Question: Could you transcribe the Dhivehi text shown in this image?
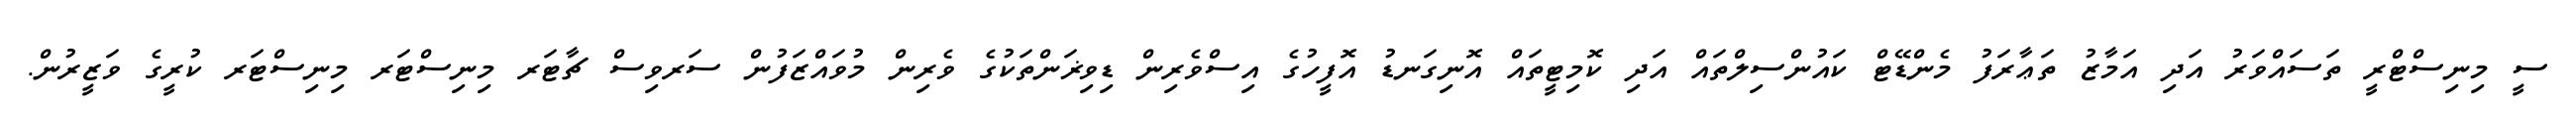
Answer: ސީ މިނިސްޓްރީ ތަސައްވަރު އަދި އަމާޒު ތަޢާރަފު މެންޑޭޓް ކައުންސިލްތައް އަދި ކޮމިޓީތައް އޮނިގަނޑު އޮފީހުގެ އިސްވެރިން ޑިވިޜަންތަކުގެ ވެރިން މުވައްޒަފުން ސަރވިސް ޗާޓަރ މިނިސްޓަރ މިނިސްޓަރ ކުރީގެ ވަޒީރުން.